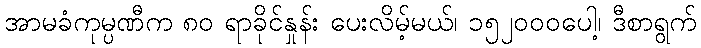
အာမခံကုမ္ပဏီက ၈၀ ရာခိုင်နှုန်း ပေးလိမ့်မယ်၊ ၁၅၂၀၀၀ပေါ့၊ ဒီစာရွက်